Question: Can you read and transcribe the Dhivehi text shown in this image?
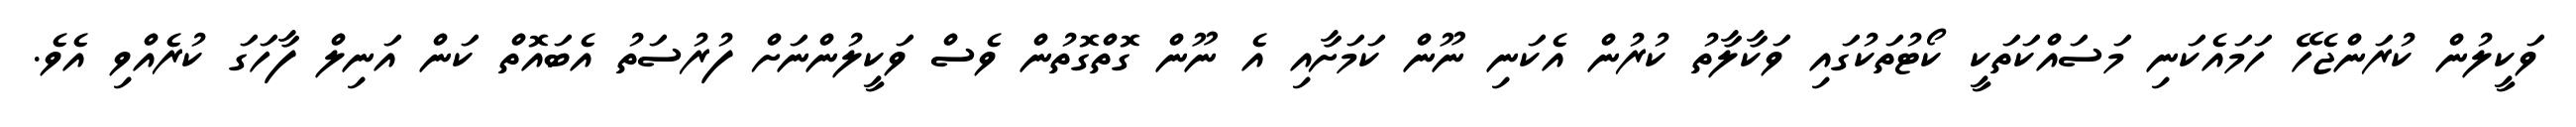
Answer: ވަކީލުން ކުރަންޖެހޭ ހަމައެކަނި މަސައްކަތަކީ ކޯޓުތަކުގައި ވަކާލާތު ކުރުން އެކަނި ނޫން ކަމަށާއި އެ ނޫން ގޮތްގޮތުން ވެސް ވަކީލުންނަށް ފުރުސަތު އެބައޮތް ކަން އަނިލް ފާހަގަ ކުރެއްވި އެވެ.